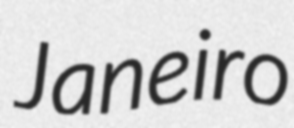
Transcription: Janeiro